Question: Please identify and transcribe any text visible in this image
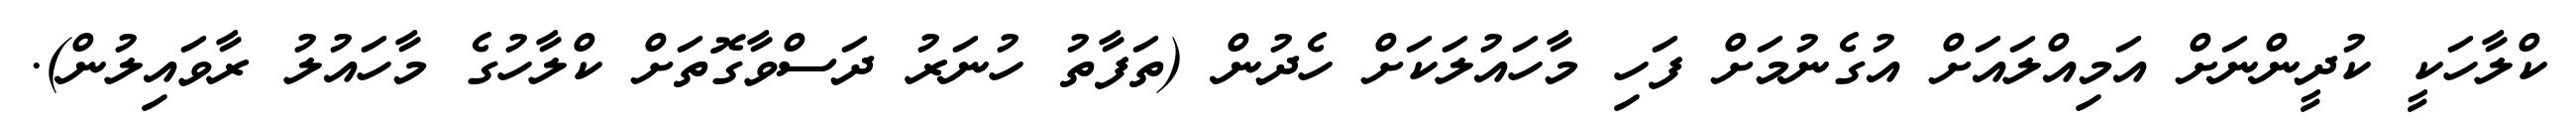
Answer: ކްލާހަކީ ކުދީންނަށް އަމިއްލައަށް އުގެނުމަށް ފަހި މާހައުލަކަށް ހެދުން (ތަފާތު ހުނަރު ދަސްވާގޮތަށް ކްލާހުގެ މާހައުލު ރާވައިލުން).